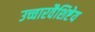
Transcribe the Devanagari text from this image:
उच्चारवैशिष्टेय